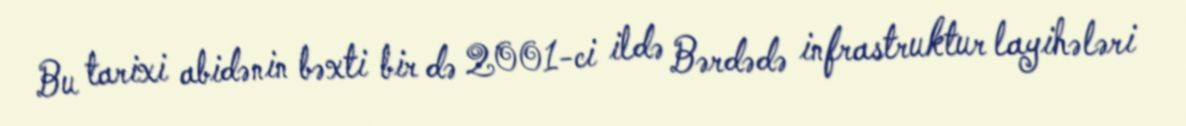
Bu tarixi abidənin bəxti bir də 2001-ci ildə Bərdədə infrastruktur layihələri